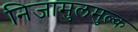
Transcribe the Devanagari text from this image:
निजामुलमुल्क